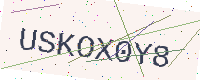
Text: USKOX0Y8